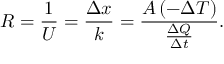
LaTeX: { \big . } R = { \frac { 1 } { U } } = { \frac { \Delta x } { k } } = { \frac { A \, ( - \Delta T ) } { \frac { \Delta Q } { \Delta t } } } .